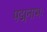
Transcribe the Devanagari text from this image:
पद्मनाभः